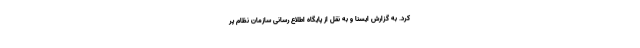
کرد. به گزارش ایسنا و به نقل از پایگاه اطلاع رسانی سازمان نظام پر